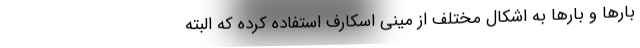
بارها و بارها به اشکال مختلف از مینی اسکارف استفاده کرده که البته